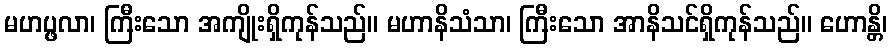
မဟပ္ဖလာ၊ ကြီးသော အကျိုးရှိကုန်သည်။ မဟာနိသံသာ၊ ကြီးသော အာနိသင်ရှိကုန်သည်။ ဟောန္တိ၊